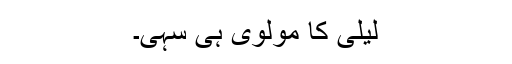
لیلیٰ کا مولوی ہی سہی۔